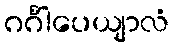
ဂင်္ဂါပေယျာလံ